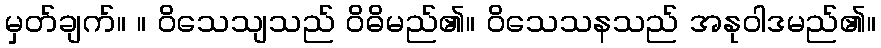
မှတ်ချက်။ ။ ဝိသေသျသည် ဝိဓိမည်၏။ ဝိသေသနသည် အနုဝါဒမည်၏။